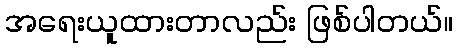
အရေးယူထားတာလည်း ဖြစ်ပါတယ်။